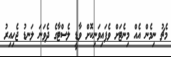
މެޗު ނިމެން އެއް މިނެޓަށް ވެފައިވަނިކޮށް ވާޑީ ލެސްޓާގެ ދެވަނަ ލަނޑު ޖެހިއިރު